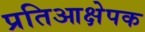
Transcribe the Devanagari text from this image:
प्रतिआक्षेपक